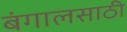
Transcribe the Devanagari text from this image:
बंगालसाठी